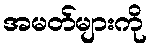
အမတ်များကို